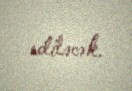
ediləcək.